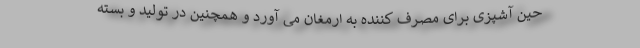
حین آشپزی برای مصرف کننده به ارمغان می آورد و همچنین در تولید و بسته